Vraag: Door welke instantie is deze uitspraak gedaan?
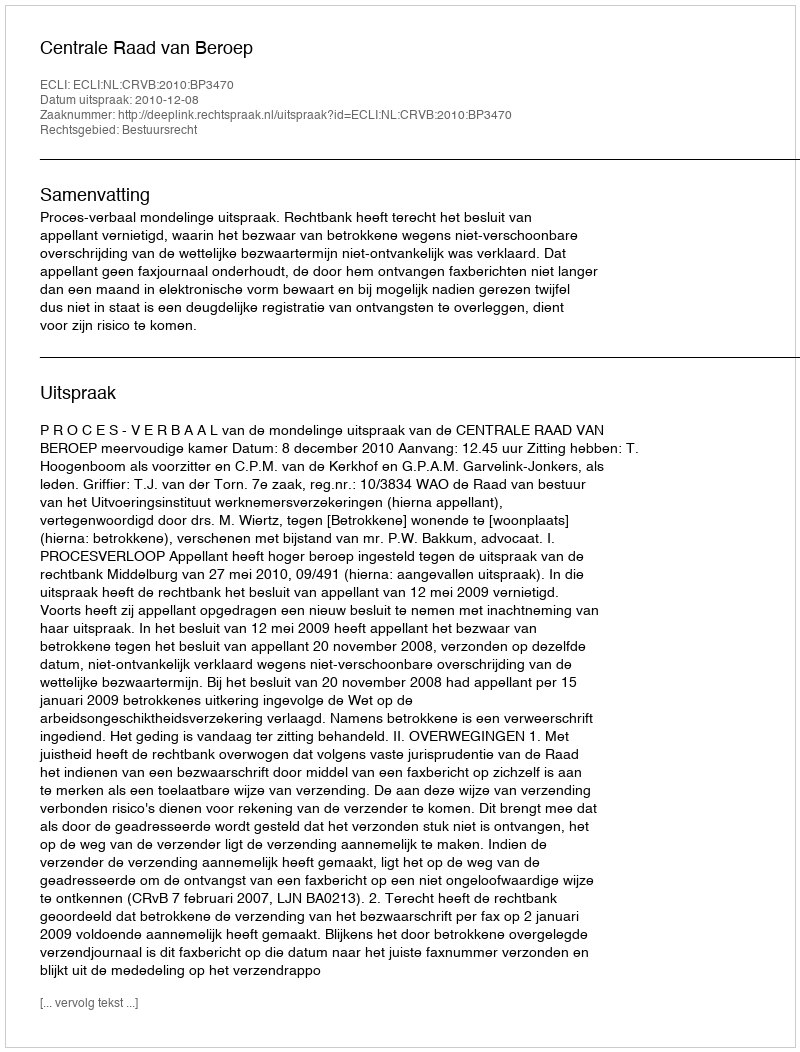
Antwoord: Centrale Raad van Beroep